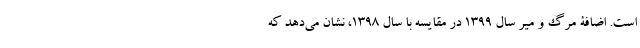
است. اضافۀ مرگ و میر سال 1399 در مقایسه با سال 1398، نشان می‌دهد که